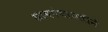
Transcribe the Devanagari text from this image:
ग्रामपंचायतीने